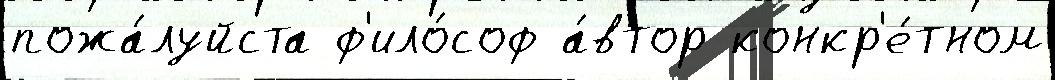
пожа́луйста ф'ило́соф а́втор конкр'е́тном